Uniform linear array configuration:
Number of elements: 48
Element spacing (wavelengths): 0.25
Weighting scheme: binomial
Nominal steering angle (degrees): -30
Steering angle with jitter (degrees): -28.243
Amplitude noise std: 0.05
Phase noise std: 0.05

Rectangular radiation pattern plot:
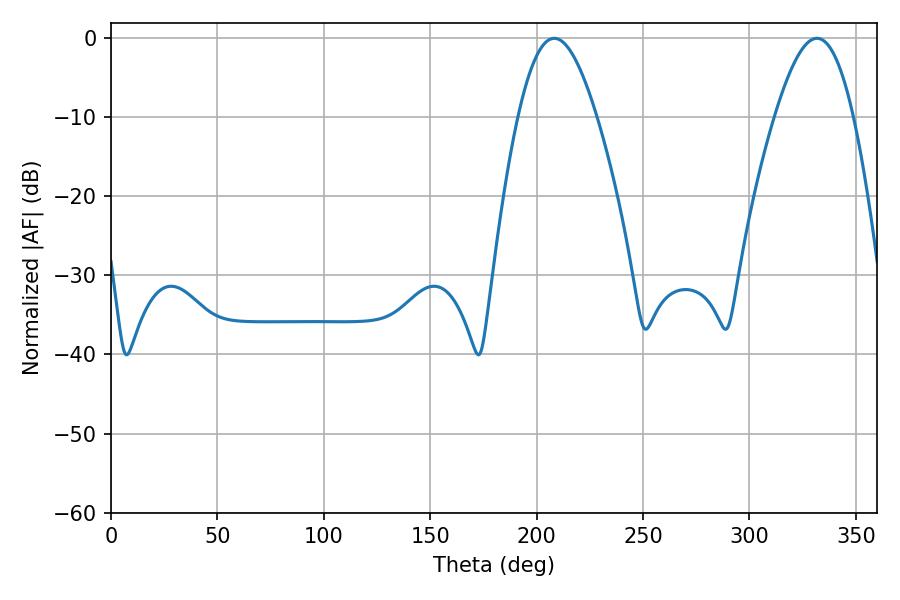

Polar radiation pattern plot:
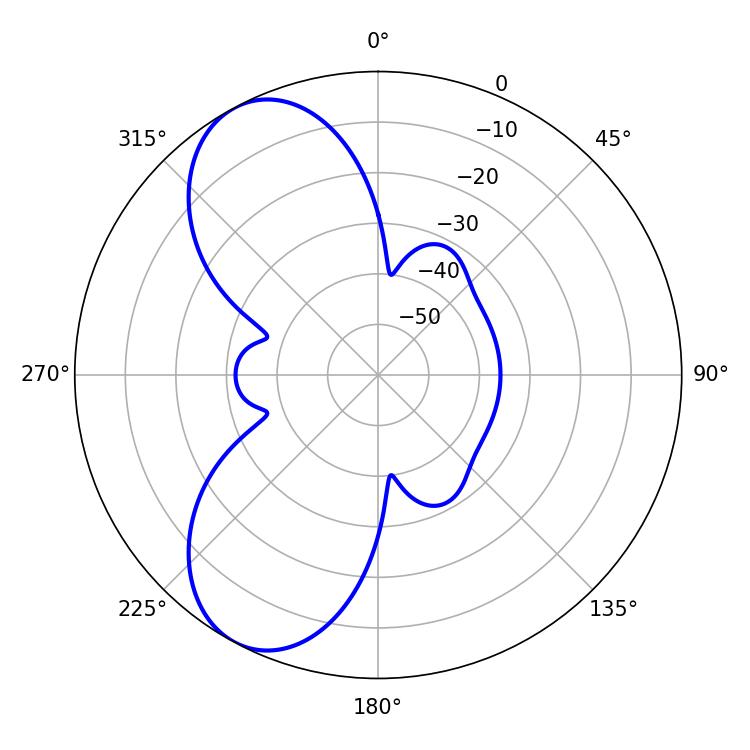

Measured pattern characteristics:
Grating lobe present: FALSE
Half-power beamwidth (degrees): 19.98
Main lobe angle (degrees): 208.26